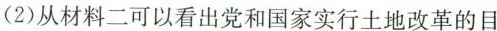
(2)从材料二可以看出党和国家实行土地改革的目